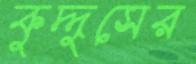
কুদ্দুসের